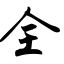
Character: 全